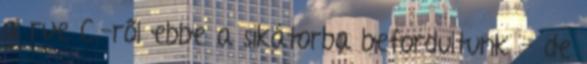
a rue C.-ről ebbe a sikátorba befordultunk - de